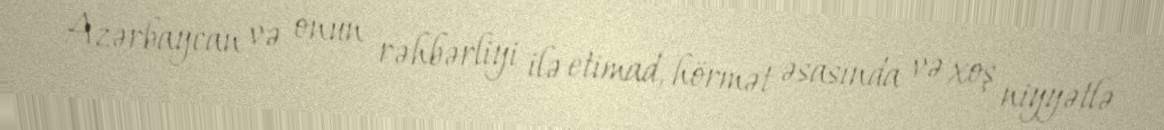
Azərbaycan və onun rəhbərliyi ilə etimad, hörmət əsasında və xoş niyyətlə